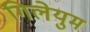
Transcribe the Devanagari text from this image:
गिलेयुम